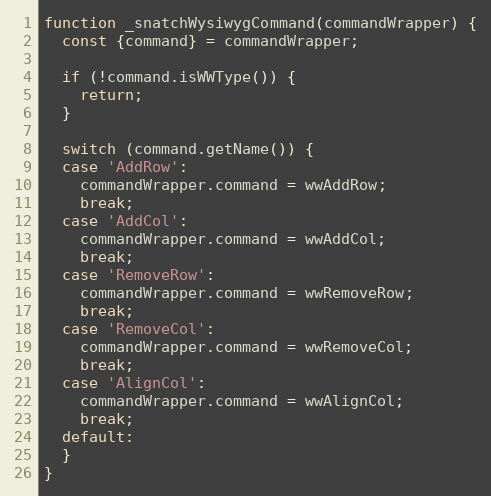
Language: JavaScript
function _snatchWysiwygCommand(commandWrapper) {
  const {command} = commandWrapper;

  if (!command.isWWType()) {
    return;
  }

  switch (command.getName()) {
  case 'AddRow':
    commandWrapper.command = wwAddRow;
    break;
  case 'AddCol':
    commandWrapper.command = wwAddCol;
    break;
  case 'RemoveRow':
    commandWrapper.command = wwRemoveRow;
    break;
  case 'RemoveCol':
    commandWrapper.command = wwRemoveCol;
    break;
  case 'AlignCol':
    commandWrapper.command = wwAlignCol;
    break;
  default:
  }
}